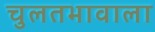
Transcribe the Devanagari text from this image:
चुलतभावाला